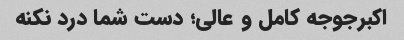
اکبرجوجه کامل و عالی؛ دست شما درد نکنه